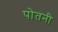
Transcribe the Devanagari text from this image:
पोतनी